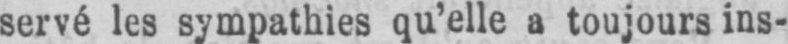
servé les sympathies qu’elle a toujours ins-